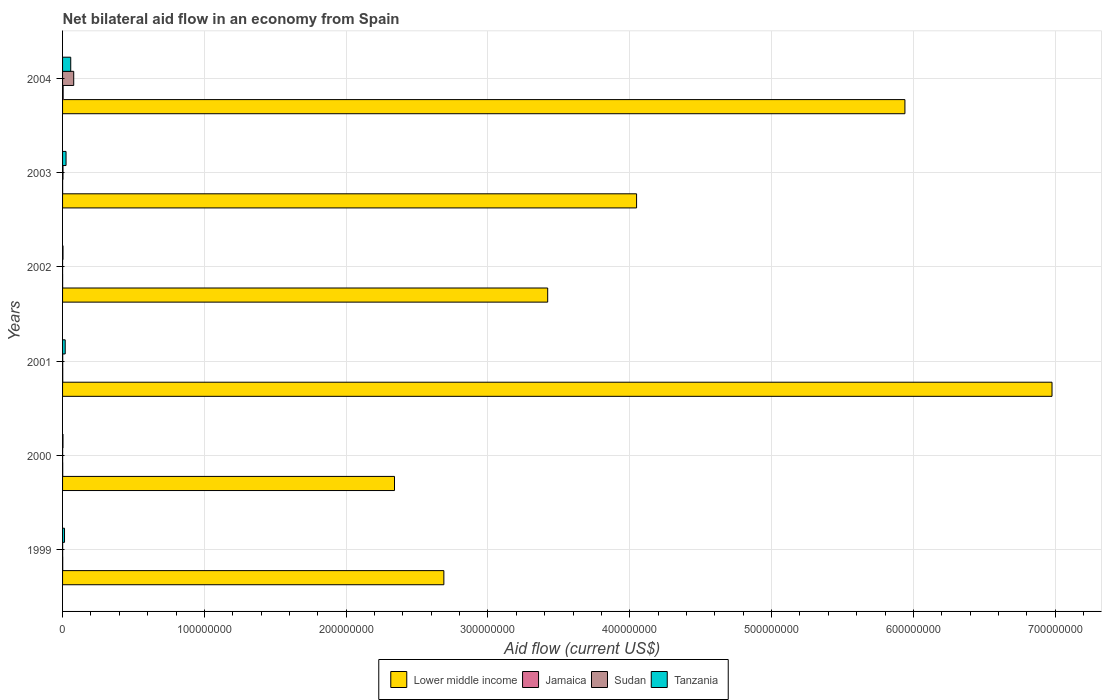
| Years | Lower middle income | Jamaica | Sudan | Tanzania |
 | --- | --- | --- | --- | --- |
 | 1999 | 2.69e+08 | 1.1e+05 | 5e+04 | 1.38e+06 |
 | 2000 | 2.34e+08 | 1.1e+05 | 4e+04 | 2.9e+05 |
 | 2001 | 6.98e+08 | 1.2e+05 | 1e+05 | 1.86e+06 |
 | 2002 | 3.42e+08 | 4e+04 | 1e+04 | 3.1e+05 |
 | 2003 | 4.05e+08 | 4e+04 | 3.1e+05 | 2.45e+06 |
 | 2004 | 5.94e+08 | 4e+05 | 7.87e+06 | 5.76e+06 |